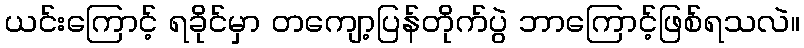
ယင်းကြောင့် ရခိုင်မှာ တကျော့ပြန်တိုက်ပွဲ ဘာကြောင့်ဖြစ်ရသလဲ။